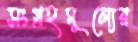
সংগ্রহমূল্যের